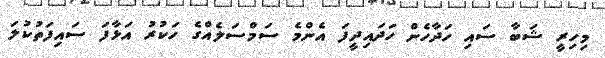
މިހިރީ ޝަބާ ސައި ހަދާހެން ހަދައިދީފަ އެންމެ ސަމްސަލެއްގެ ހަކުރު އަޅާފަ ސައިފަތުކުލަ